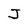
Character: J